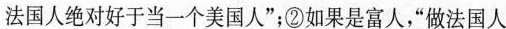
法国人绝对好于当一个美国人”；②如果是富人，”做法国人